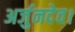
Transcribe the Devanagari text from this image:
अर्जुनदेव।